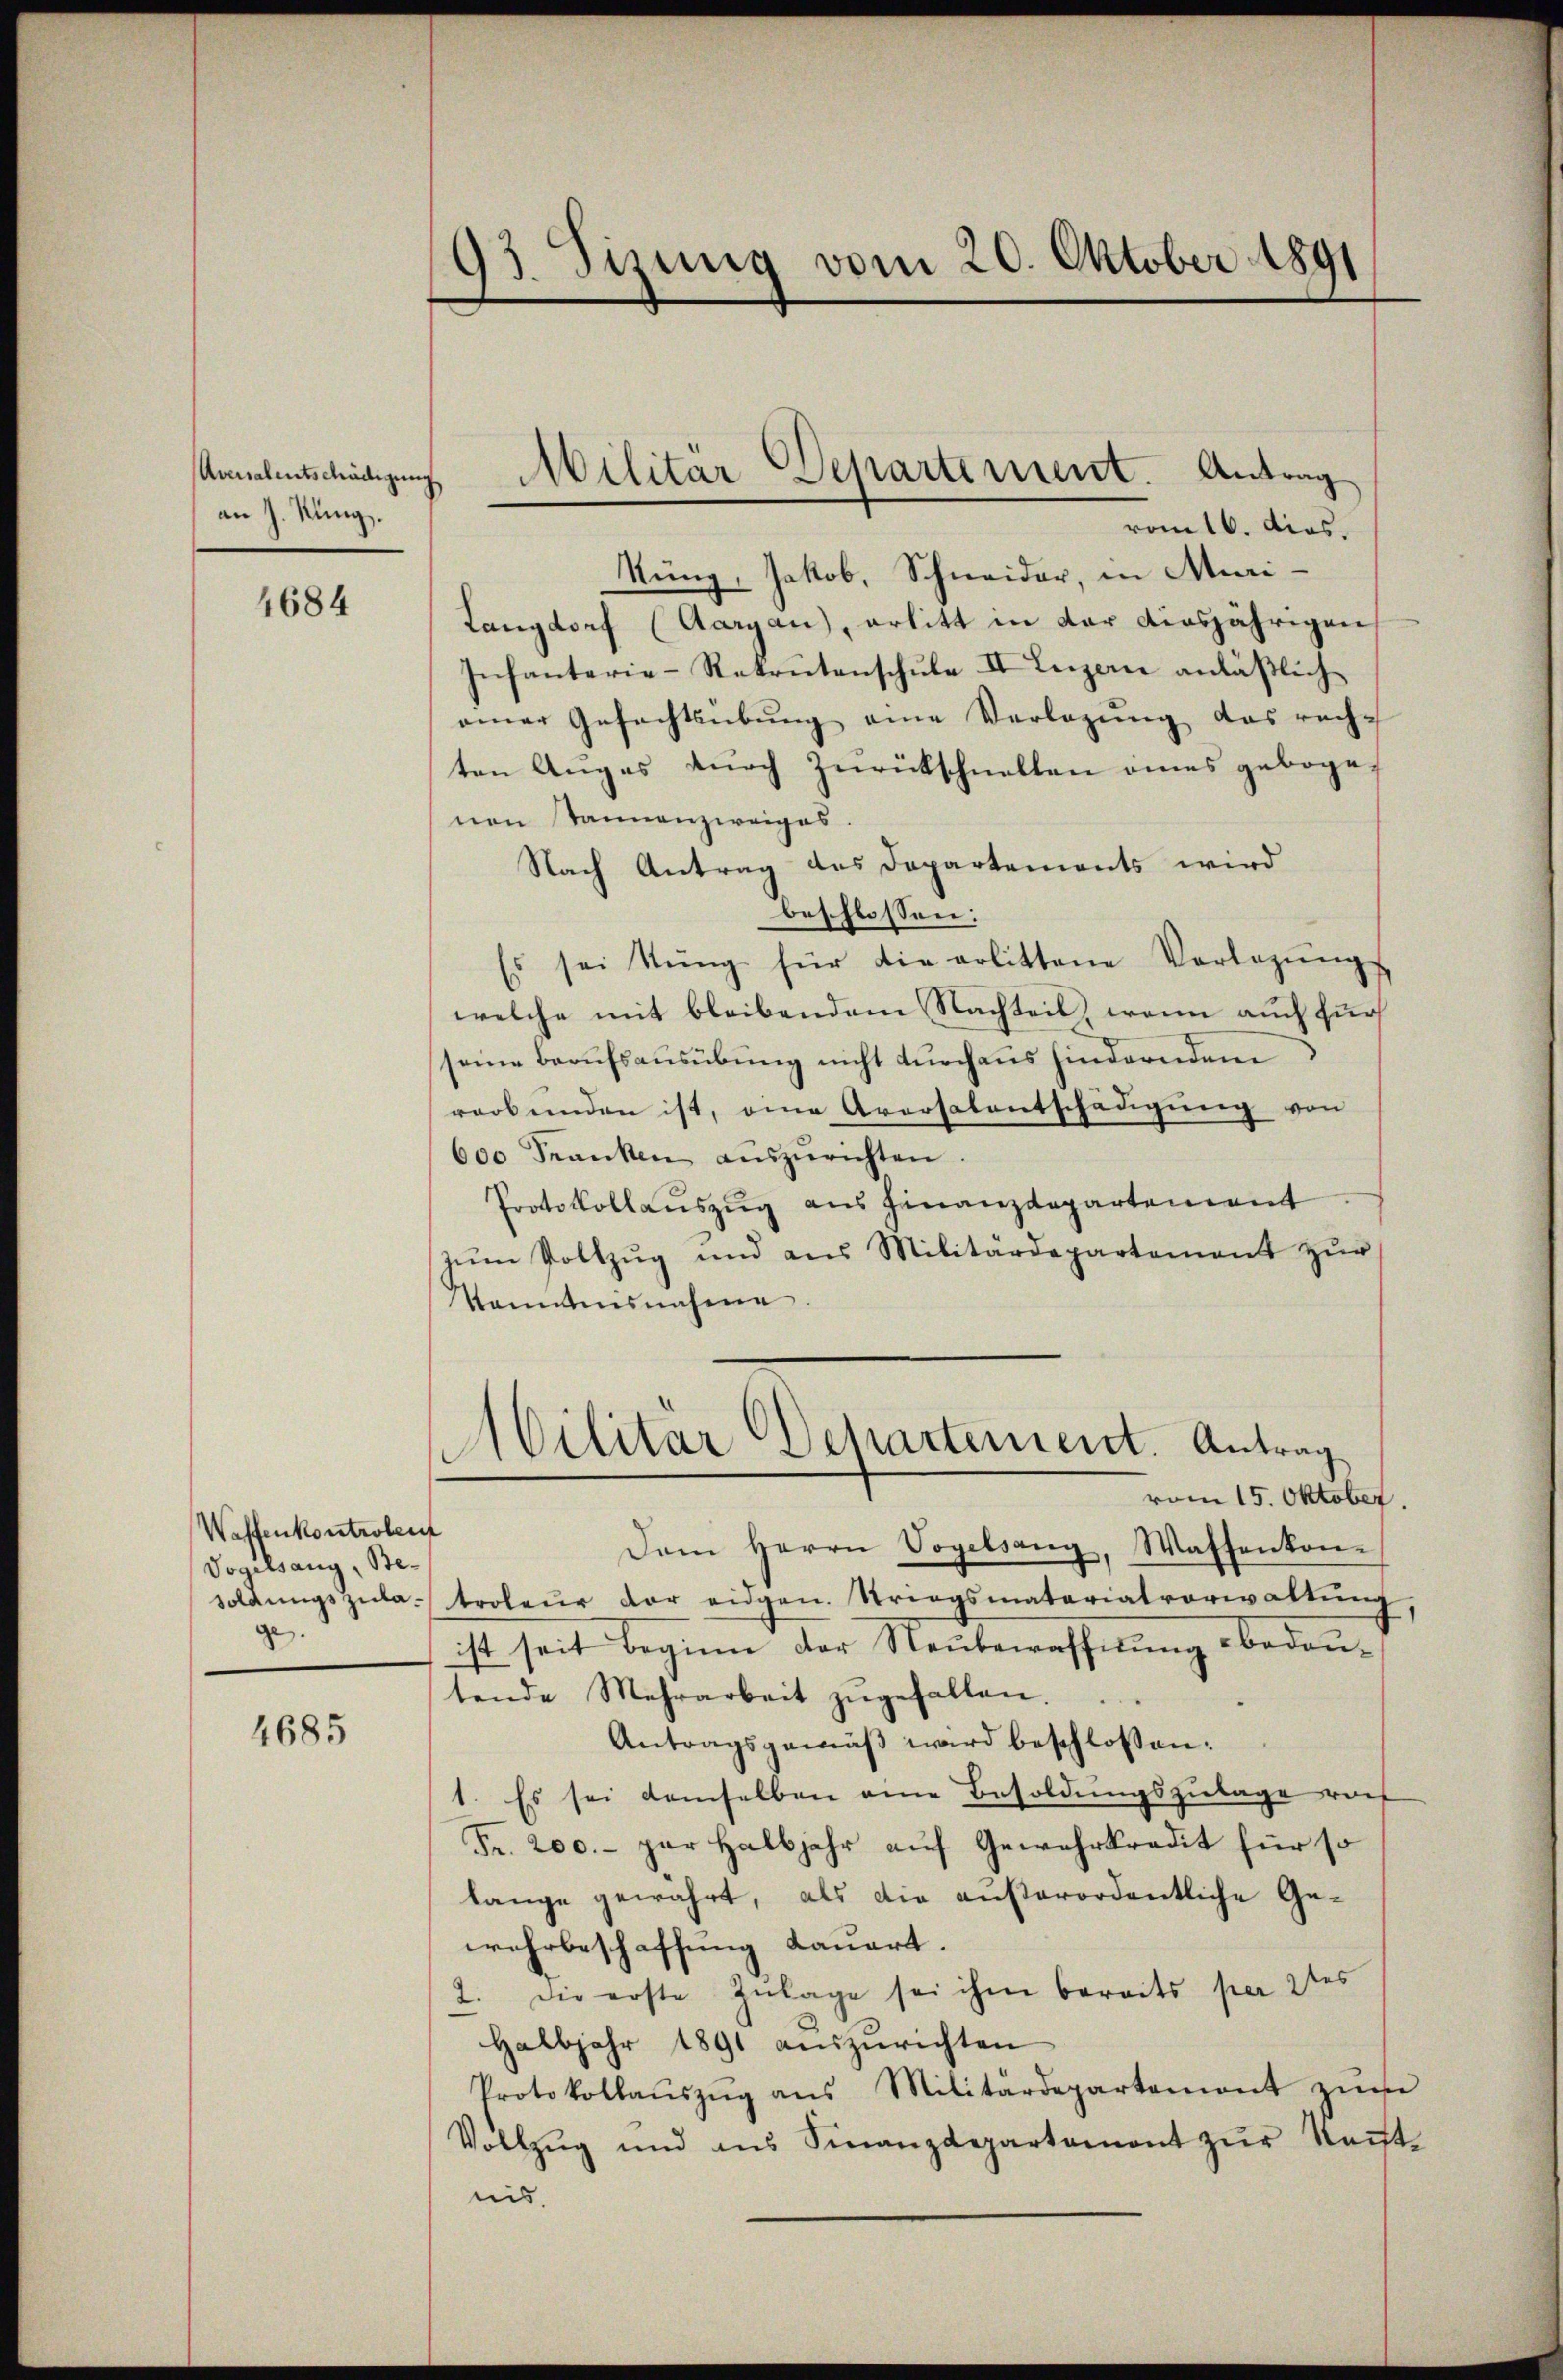
Aversalentschädigung
an J. Kung.

4684

Waffenkontrolent
Vogelsang, Besoldungszulage. |

4685

93. Sizung vom 20. Oktober 1891

vom 16. dies.
Nung, Jakob, Schneider, in Muri¬
Langdorf (Aargau), erlitt in der diesjährigen
Infanterie-Rekrutenschule II Luzern anläßlich
einer Gefechtsübung eine Verlegung das rech-
ten Anges durch Zurückschnellen eines gebogenen Tannenzweiges.
Nach Antrag des Departements wird
beschlossen:
Es sei Stŭng für die erlittene Vorlegŭng
welche mit bleibendem Nachteil, wenn auch für
seine Berufsausübung nicht durchaus hinderndem
verbunden ist, eine Aversalentschädigung von
600 Franken auszurichten
Protokollaŭszŭg ans Finanzdepartement
zŭm Vollzŭg und aus Militärdepartement zŭr
Kenntnisnahme
Militär Departement. Antrag
vom 15. Oktober.
Dem Herrn Vogelsang, Wassenkon-
troleur der eidgen. Striegsmatariatverwaltŭng.
ist seit beginn der Neubewaffnung bedentende Mehrarbeit zŭgefallen.
Antragsgemäß wird beschlossen:
1. Es sei demselben eine Besoldungszulage vo
Fr. 200.- par Halbjahr aŭf Gewehrkredit für so
lange gewahrt, als die außerordentliche Gewehrbeschaffung dauert.
2. Die erste Zulage sei ihm bereits per 2tes
Halbjahr 1891 aŭszŭrichten
Protokollaŭszŭg ans Militärdepartement zure
Vollzŭg und ans Finanzdepartament zŭr Keṅt-
nis.

Militar Separtement. Antrag